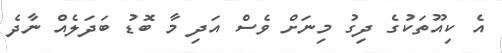
އެ ކިއޫތަކުގެ ދިގު މިނަށް ވެސް އަދި މާ ބޮޑު ބަދަލެއް ނާދެ